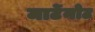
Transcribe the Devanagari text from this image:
मार्टेनोट